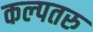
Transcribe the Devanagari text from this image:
कल्‍पतरु